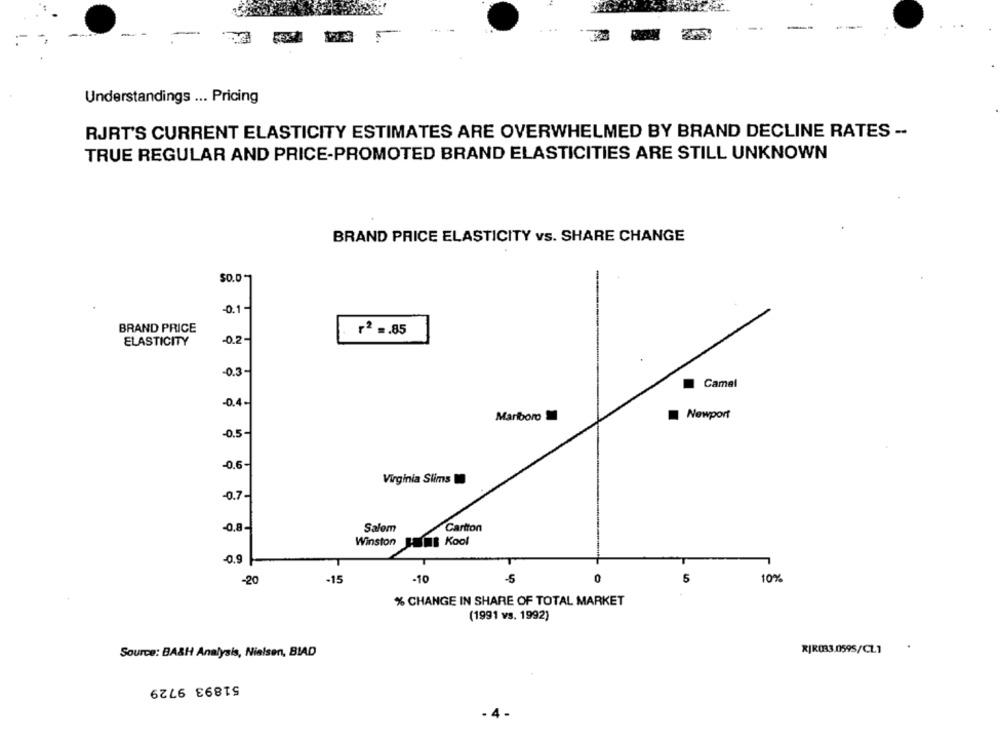
Understandings ... Pricing
RJRT'S CURRENT ELASTICITY ESTIMATES ARE OVERWHELMED BY BRAND DECLINE RATES --
TRUE REGULAR AND PRICE-PROMOTED BRAND ELASTICITIES ARE STILL UNKNOWN
BRAND PRICE ELASTICITY vs. SHARE CHANGE
$0.0
-0.1-
BRAND PRICE
r2 =. 85
ELASTICITY
-0.2-
-0.3-
Camel
-0.4-
Newport
Marlboro
-0.5-
-0.6-
Virginia Slims
-0.7-
Cartton
-0.8-
Salem
Winston
IL Kool
0.9
-5
5
10%
-20
-15
-10
% CHANGE IN SHARE OF TOTAL MARKET
(1991 vs. 1992)
Source: BA&H Analysis, Nielsen, BLAD
RIR033.0595/CL1
51893 9729
- 4 -